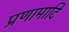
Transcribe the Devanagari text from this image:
प्रणामादि